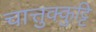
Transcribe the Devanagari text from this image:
चात्तुक्कुट्टि